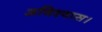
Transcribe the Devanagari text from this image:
अविश्वास।